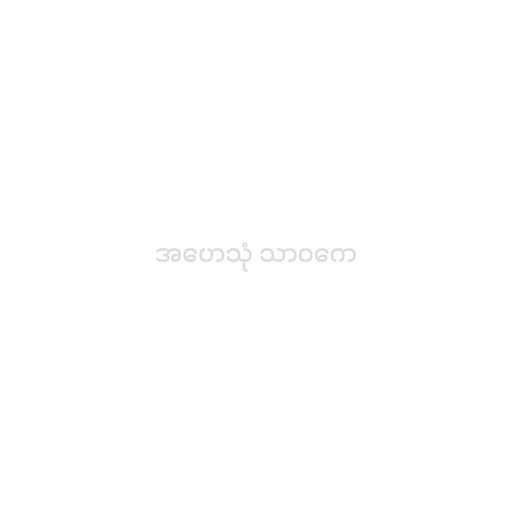
အဟေသုံ သာဝကေ